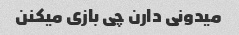
میدونی دارن چی بازی میکنن